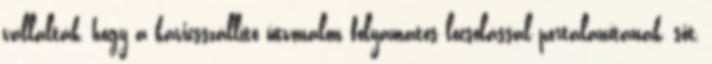
vállalták, hogy a kavicsszállító útvonalon folyamatos locsolással portalanítanak, sőt,